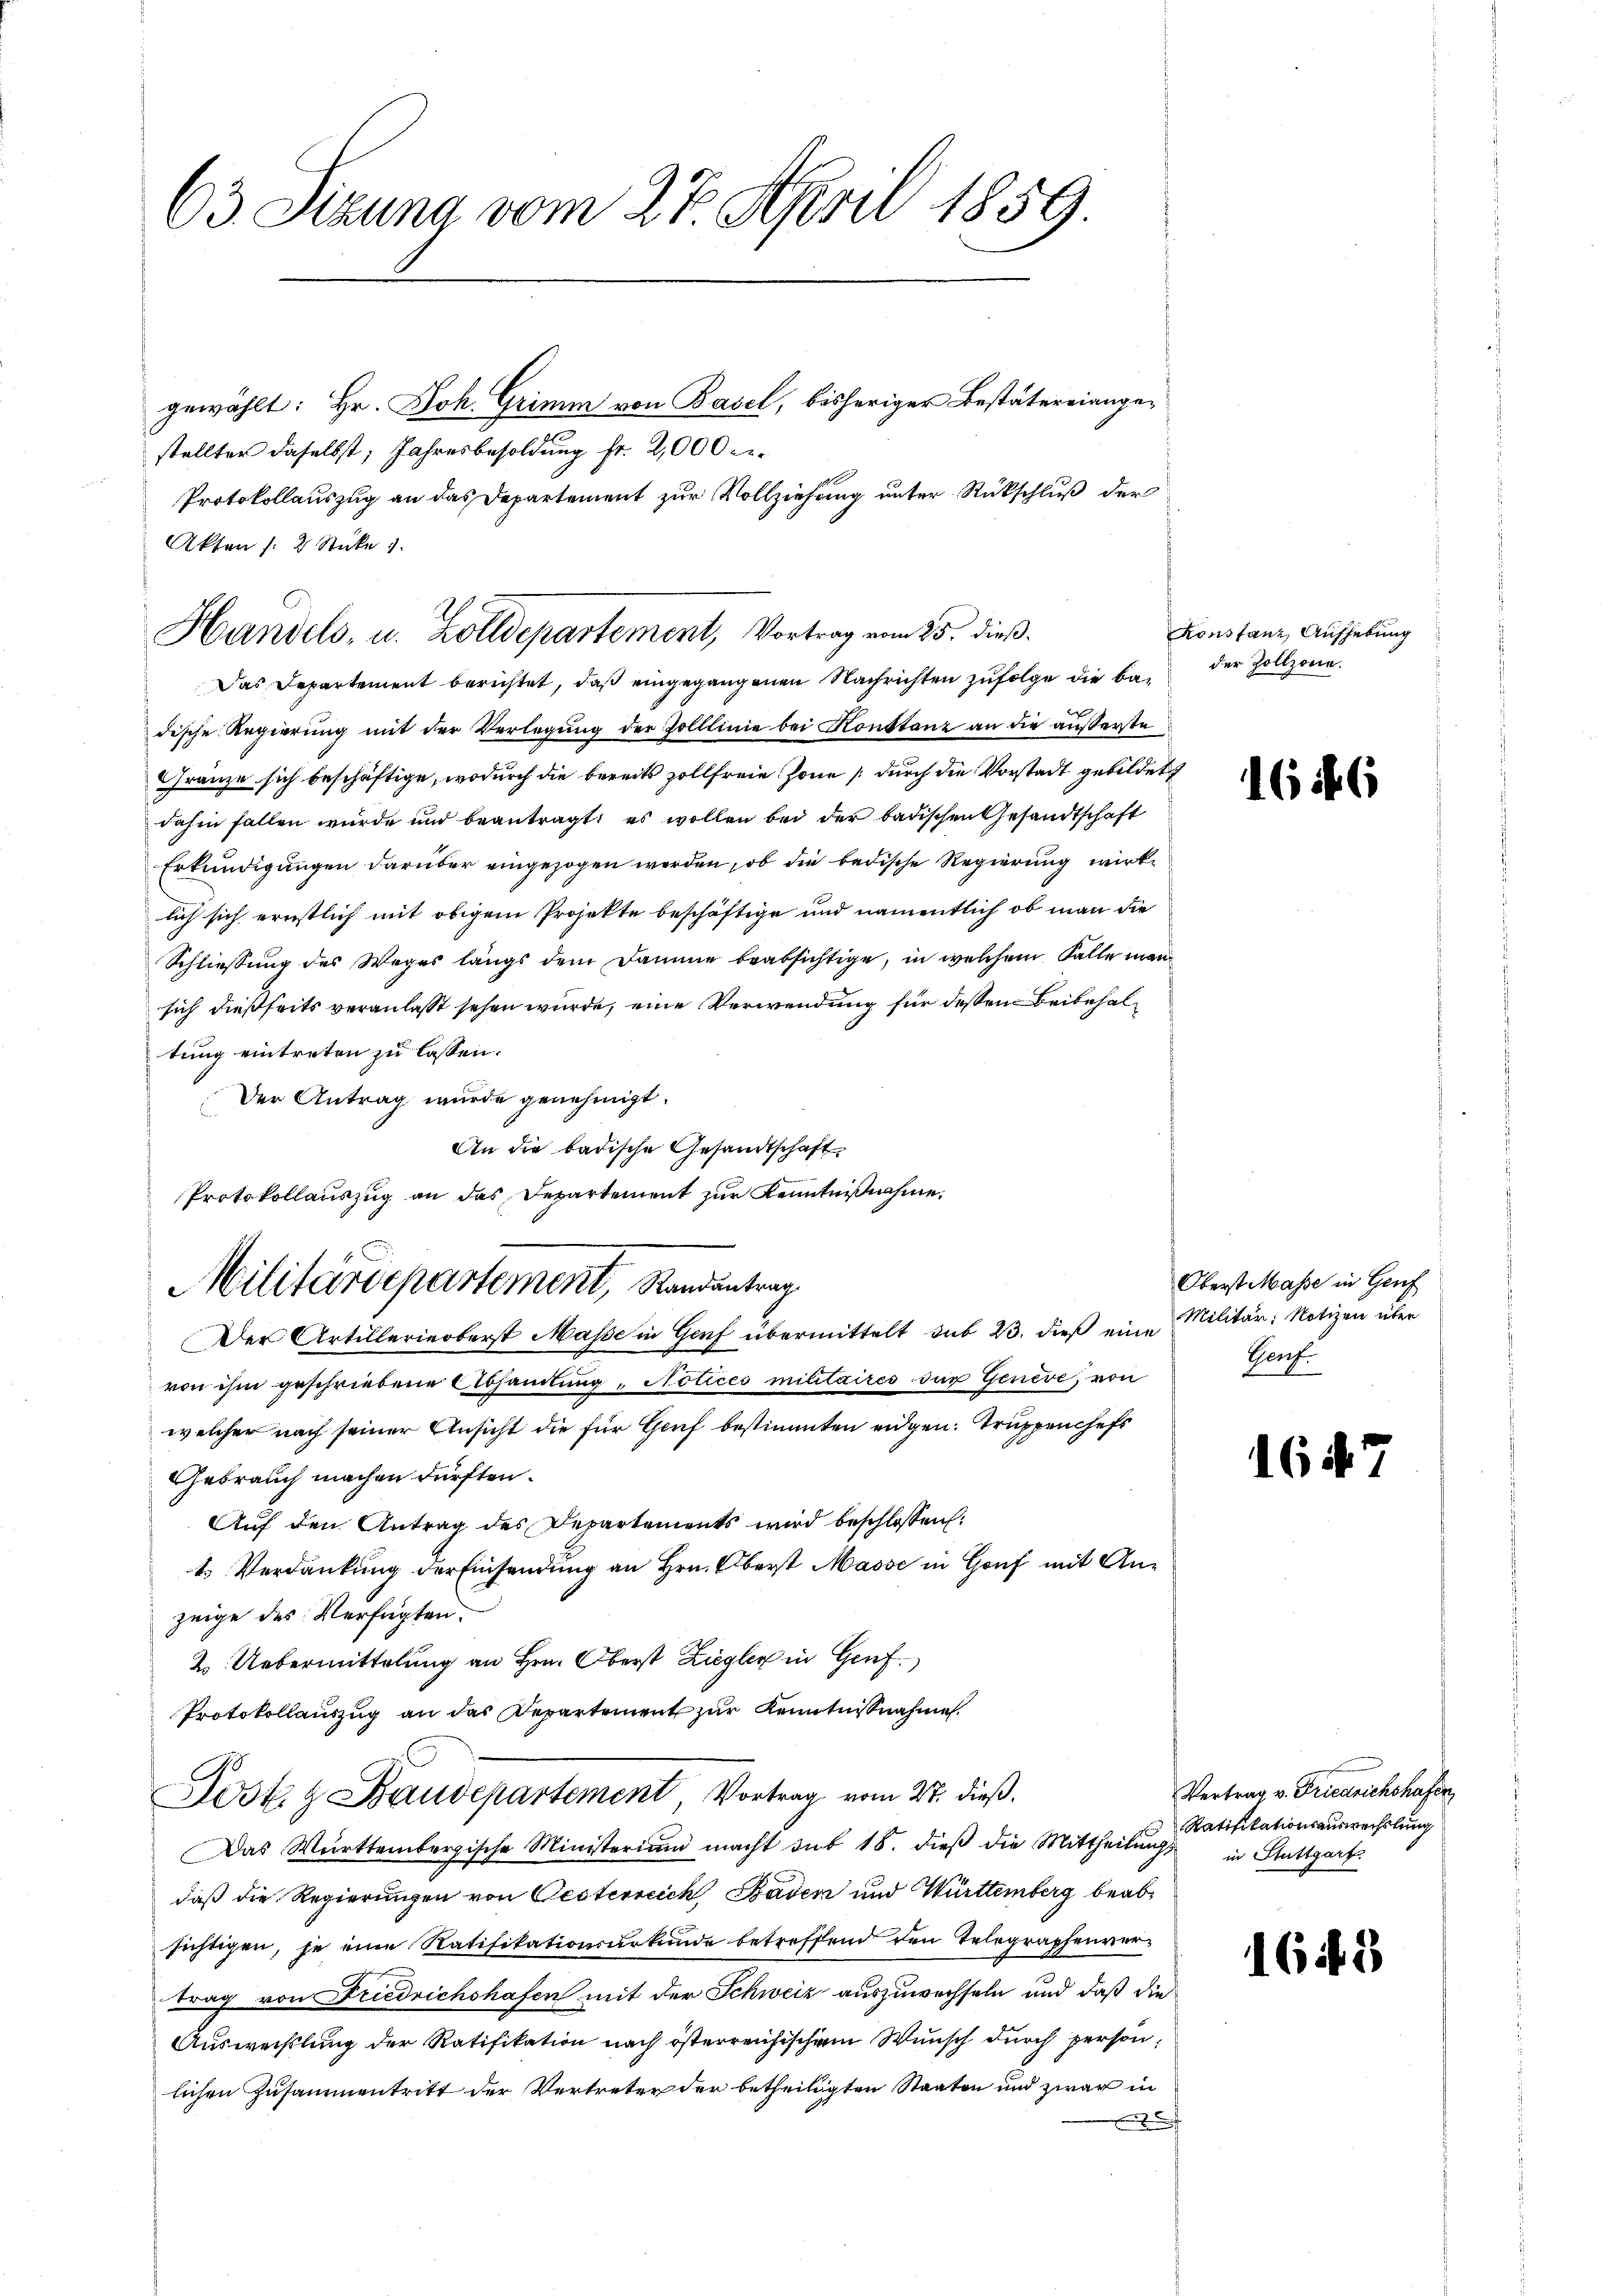
63. Sizung vom 27. April 1859.

gewählt: Hr. Joh. Grimm von Basel, bisheriger Bestätereiangestellter daselbst, Jahresbesoldung fr. 2,000 Fr.
Protokollauszug an das Departement zur Vollziehung unter Rückschluß der
Akten /: 2 Stücke 1

Handels, u. Zolldepartement, Vortrag vom 25. dieß.

Das Departement berichtet, daß eingegangenen Nachrichten zufolge die bedische Regierung mit der Verlegung der Zolllinie bei Konstanz an die außerste
Gränze sich beschäftige, wodurch die bereits zollfreie Zone (durch die Vorstadt gebildet
dahin fallen würde und beantragt, es wollen bei der badischen Gesandtschaft
Erkundigungen darüber eingezogen werden, ob die bedische Regierung wirklich sich ernstlich mit obigem Projekte beschäftige und namentlich ob man die
Schliessung des Weges längs dem Damme beabsichtige, in welchem Falle man
sich dießseits veranlasst sehen wurde, eine Verwendung für deßen Beibehaltung eintreten zu lassen.
Der Antrag wurde genehmigt.
An die badische Gesandtschaft
Protokollauszug an das Departement zur Kenntnißnahme.
Der Artillerinoberst Masse in Genf übermittelt sub 23. dieß eine Militär: Notizen über
von ihm geschriebene Abhandlung, Notices militaires der Genève, von
welcher nach seiner Ansicht die für Genf bestimmten eidgen. Truppenchefs
Gebrauch machen dürften.
Auf den Antrag des Departements wird beschlossen:
t Verdankung der Einsendung an Hrn. Oberst Masse in Gouf mit Anzeige des Verfügten.
2. Uebermittelung an Hrn. Oberst Ziegler in Genf.
Protokollauszug an das Departement zur Kenntnißnahmen.
90
Josk. & Baudepartement Vortrag vom 27. dieß,
Das Württembergische Ministerium macht sub 18. dieβ die Mittheilŭng,
daß die Regierungen von Gesterreich Baden und Württemberg beabsichtigen, je eine Ratifikationsurkunde betreffend den Telegraphenvertrag von Friedrichshafen mit der Schweiz auszuwechseln und daß die
Auswechslung der Ratifikation nach österreusischem Wunsch durch person,
lichen Zusammentritt der Vertreter der betheiligten Staaten und zwar in

Militärdepartement, Standentrag

Konstanz, Aufhebung
der Zollzone.

1646

Oberst Masse in Genf
Genf.

16 is

Vertrag v. Friedrichshafen
Ratifikationsauswechslung
in Stuttgart

1648